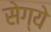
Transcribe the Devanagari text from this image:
सेग्ये